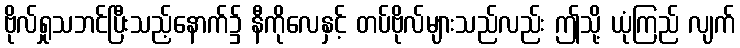
ဗိုလ်ရှုသဘင်ပြီးသည့်နောက်၌ နီကိုလေနှင့် တပ်ဗိုလ်များသည်လည်း ဤသို့ ယုံကြည် လျက်